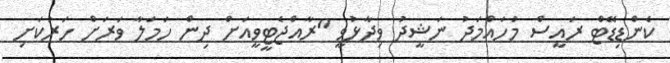
ކެންޑިޑޭޓް ރައީސް މުހައްމަދު ނަޝީދު ވިދާޅުވީ "ރާއްޖެޓީވީއަށް ދިން ހަމަލާ ވަރަށް ހަރުކަށި